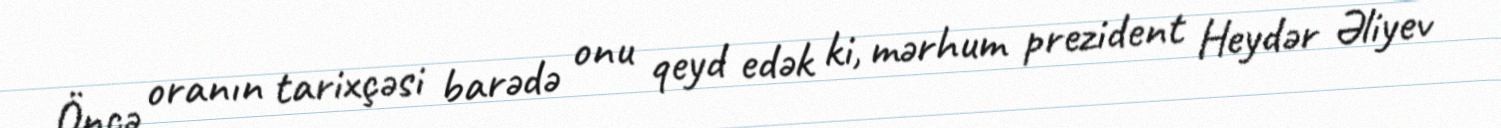
Öncə oranın tarixçəsi barədə onu qeyd edək ki, mərhum prezident Heydər Əliyev